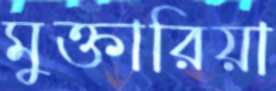
মুক্তারিয়া